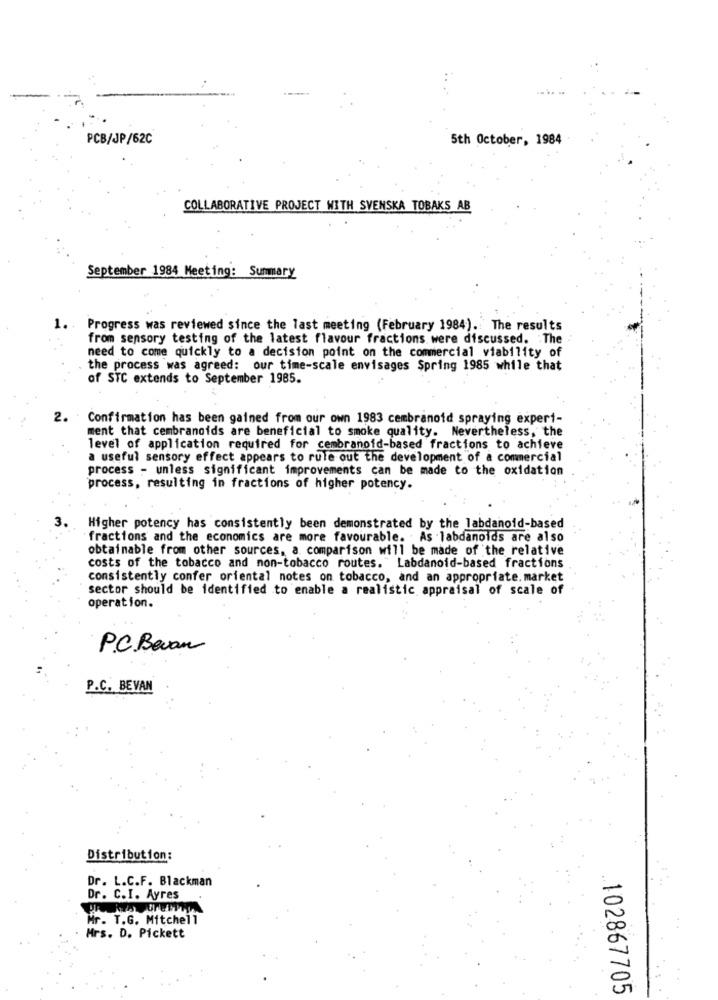
PCB/JP/62C
5th October, 1984
COLLABORATIVE PROJECT WITH SVENSKA TOBAKS AB
September 1984 Meeting: Summary
1. . Progress was reviewed since the last meeting (February 1984). The results
from sensory testing of the latest flavour fractions were discussed. . The
need to come quickly to a decision point on the commercial viability of
the process was agreed: our time-scale envisages Spring 1985 while that
of STC extends to September 1985.
2. Confirmation has been gained from our own 1983 cembranoid spraying expert-
ment that cembranoids are beneficial to smoke quality. Nevertheless, the
level of application required for cembranoid-based fractions to achieve
a useful sensory effect appears to rule out the development of a commercial
process - unless significant improvements can be made to the oxidation
process, resulting in fractions of higher potency.
3.
Higher potency has consistently been demonstrated by the labdanoid-based
fractions and the economics are more favourable. As labdanoids are also
obtainable from other sources, a comparison will be made of the relative
costs of the tobacco and non-tobacco routes. " Labdanoid-based fractions
consistently confer oriental notes on tobacco, and an appropriate. market
sector should be identified to enable a realistic appraisal of scale of
operation.
P.C. Bevan
P.C. BEVAN
Distribution:
Dr. L.C.F. Blackman
Dr. C.I. Ayres
Mr. T.G. Mitchell
Mrs. D. Pickett
102867705